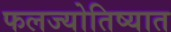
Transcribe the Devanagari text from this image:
फलज्योतिष्यात